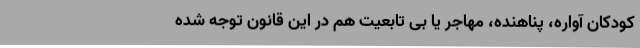
کودکان آواره، پناهنده، مهاجر یا بی تابعیت هم در این قانون توجه شده